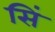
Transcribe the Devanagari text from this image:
सिं